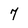
Character: 7